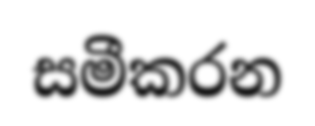
සමීකරන